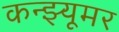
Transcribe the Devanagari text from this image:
कन्झ्यूमर